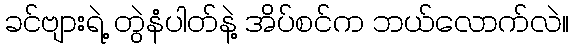
ခင်ဗျားရဲ့ တွဲနံပါတ်နဲ့ အိပ်စင်က ဘယ်လောက်လဲ။